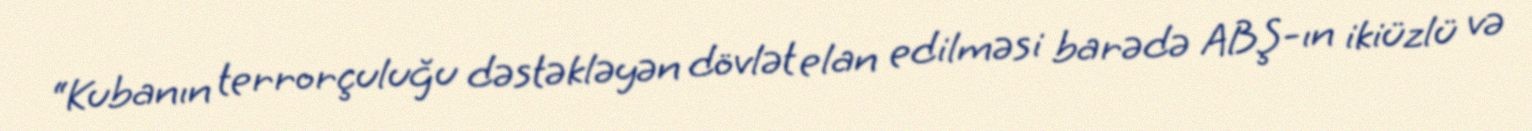
“Kubanın terrorçuluğu dəstəkləyən dövlət elan edilməsi barədə ABŞ-ın ikiüzlü və